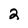
Character: 2